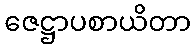
ဇေဋ္ဌာပစာယိတာ